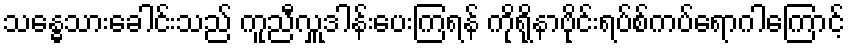
သန္ဓေသားခေါင်းသည် ကူညီလှူဒါန်းပေးကြရန် ကိုရိုနာဗိုင်းရပ်စ်ကပ်ရောဂါကြောင့်